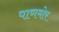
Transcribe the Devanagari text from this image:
पाणमोर